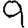
Digit: 9